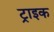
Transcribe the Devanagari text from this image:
ट्राइक